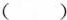
（）